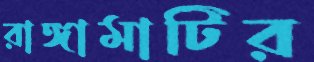
রাঙ্গামাটির